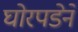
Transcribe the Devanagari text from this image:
घोरपडेने